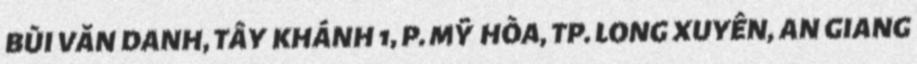
BÙI VĂN DANH, TÂY KHÁNH 1, P. MỸ HÒA, TP. LONG XUYÊN, AN GIANG